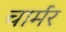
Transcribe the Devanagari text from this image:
चार्मर